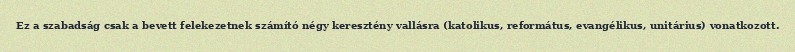
Ez a szabadság csak a bevett felekezetnek számító négy keresztény vallásra (katolikus, református, evangélikus, unitárius) vonatkozott.